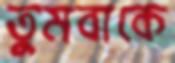
তুমবাকে